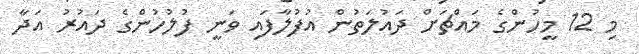
މި 12 މީހުންގެ މައްޗަށް ދައުލަތުން އުފުލާފައި ވަނީ ފުލުހުންގެ ދައުރު އަދާ